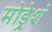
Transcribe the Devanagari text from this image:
मोड्रेशं